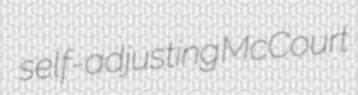
self-adjusting McCourt